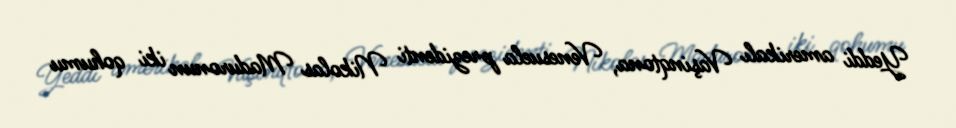
Yeddi amerikalı Vaşinqtona, Venesuela prezidenti Nikolas Maduronun iki qohumu